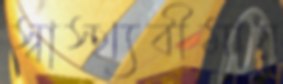
স্বাস্থ্যবীমায়